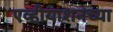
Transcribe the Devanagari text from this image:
एव्हीयाशनच्या